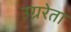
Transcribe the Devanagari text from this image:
उग्ररेता